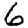
Digit: 6